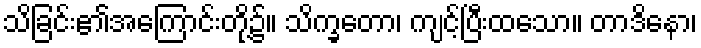
သိခြင်း၏အကြောင်းတို့၌။ သိက္ခတော၊ ကျင့်ပြီးထသော။ တာဒိနော၊